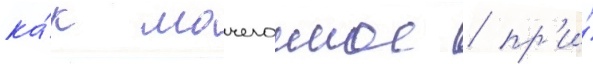
ка́к мочегонное / пр'и́